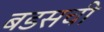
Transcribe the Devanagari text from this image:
बडसची